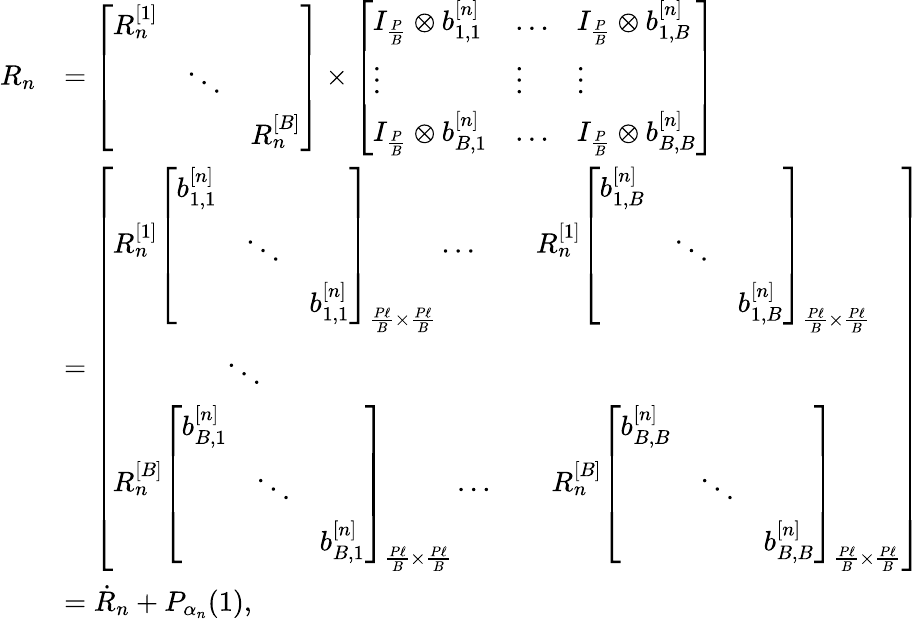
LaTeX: \begin{array}{rl}{R_{n}}&{=\left[\begin{array}{lll}{R_{n}^{[1]}}&&\\ &{\ddots}&\\ &&{R_{n}^{[B]}}\end{array}\right]\times\left[\begin{array}{lll}{I_{\frac{P}{B}}\otimes b_{1,1}^{[n]}}&{\dotsc}&{I_{\frac{P}{B}}\otimes b_{1,B}^{[n]}}\\ {\vdots}&{\vdots}&{\vdots}\\ {I_{\frac{P}{B}}\otimes b_{B,1}^{[n]}}&{\dotsc}&{I_{\frac{P}{B}}\otimes b_{B,B}^{[n]}}\end{array}\right]}\\ &{=\left[\begin{array}{l}{R_{n}^{[1]}\left[\begin{array}{lll}{b_{1,1}^{[n]}}&&\\ &{\ddots}&\\ &&{b_{1,1}^{[n]}}\end{array}\right]_{\frac{P\ell}{B}\times\frac{P\ell}{B}}\dotsc\qquad R_{n}^{[1]}\left[\begin{array}{lll}{b_{1,B}^{[n]}}&&\\ &{\ddots}&\\ &&{b_{1,B}^{[n]}}\end{array}\right]_{\frac{P\ell}{B}\times\frac{P\ell}{B}}}\\ {\qquad\qquad\ddots\qquad\qquad\qquad}\\ {R_{n}^{[B]}\left[\begin{array}{lll}{b_{B,1}^{[n]}}&&\\ &{\ddots}&\\ &&{b_{B,1}^{[n]}}\end{array}\right]_{\frac{P\ell}{B}\times\frac{P\ell}{B}}\dotsc\qquad R_{n}^{[B]}\left[\begin{array}{lll}{b_{B,B}^{[n]}}&&\\ &{\ddots}&\\ &&{b_{B,B}^{[n]}}\end{array}\right]_{\frac{P\ell}{B}\times\frac{P\ell}{B}}}\end{array}\right]}\\ &{=\dot{R}_{n}+P_{\alpha_{n}}(1),}\end{array}